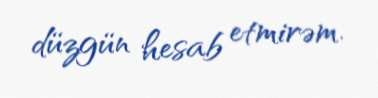
düzgün hesab etmirəm.